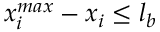
x _ { i } ^ { m a x } - x _ { i } \leq l _ { b }